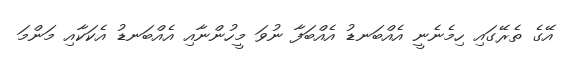
އޭގެ ތެރޭގައި ހިމެނެނީ އެއްބަނޑު އެއްބަފާ ނުވަ މީހުންނާއި އެއްބަނޑު އެކަކާއި މަންމަ